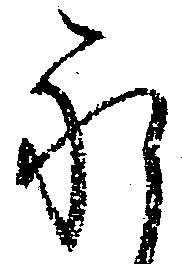
永